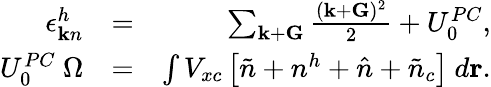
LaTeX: \begin{array}{rlr}{\epsilon_{{\mathbf k}n}^{h}}&{=}&{\sum_{{\mathbf k}+{\mathbf G}}\frac{({\mathbf k}+{\mathbf G})^{2}}{2}+U_{0}^{PC},}\\ {U_{0}^{PC}~\Omega}&{=}&{\int V_{xc}\left[\tilde{n}+n^{h}+\hat{n}+\tilde{n}_{c}\right]~d{\mathbf r}.}\end{array}